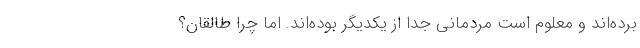
برده‌اند و معلوم است مردمانی جدا از یکدیگر بوده‌اند. اما چرا طالقان؟